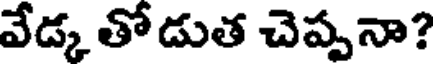
వేడ్క తోడుత చెప్పనా?